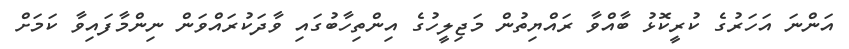
އަންނަ އަހަރުގެ ކުރީކޮޅު ބާއްވާ ރައްޔިތުން މަޖިލީހުގެ އިންތިހާބުގައި ވާދަކުރައްވަން ނިންމާފައިވާ ކަމަށް